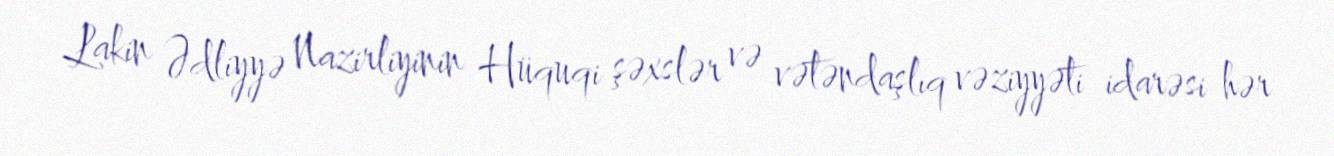
Lakin Ədliyyə Nazirliyinin Hüquqi şəxslər və vətəndaşlıq vəziyyəti idarəsi hər